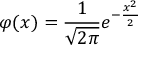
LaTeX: \varphi ( x ) = { \frac { 1 } { \sqrt { 2 \pi } } } e ^ { - { \frac { x ^ { 2 } } { 2 } } }